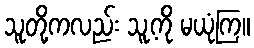
သူတို့ကလည်း သူ့ကို မယုံကြ။